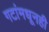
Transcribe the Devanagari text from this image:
गटांमधूनही